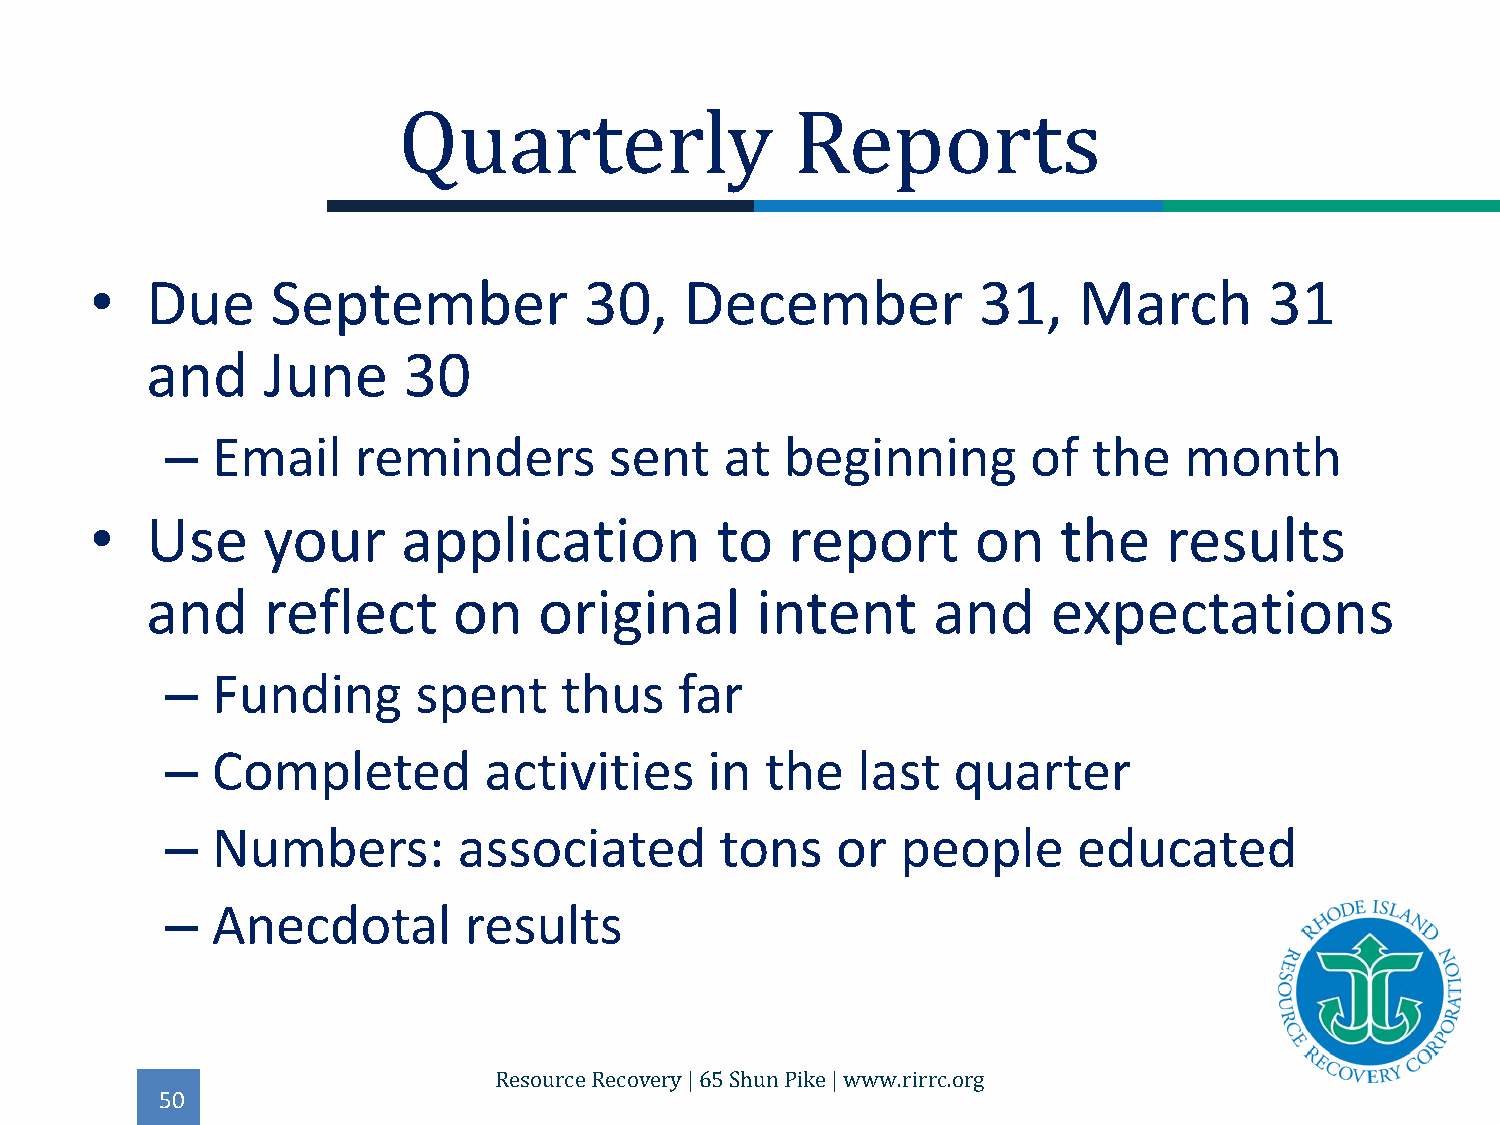
•   Due     September            30,   December            31,   March        31
 Quarterly                  Reports
 and    June      30
 –  Email    reminders        sent    at  beginning       of  the   month
 •   Use    your      application         to   report       on   the    results
 and    reflect      on    original      intent      and     expectations
 –  Funding       spent    thus    far
 –  Completed         activities     in  the   last  quarter
 –  Numbers:        associated        tons   or   people     educated
 –  Anecdotal        results
 50
 Resource Recovery | 65 Shun Pike | www.rirrc.org